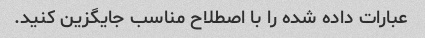
عبارات داده شده را با اصطلاح مناسب جایگزین کنید.